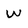
Character: w